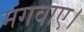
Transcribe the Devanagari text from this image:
मंगवाए।